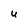
Character: U